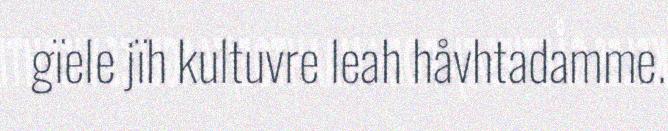
gïele jïh kultuvre leah håvhtadamme.